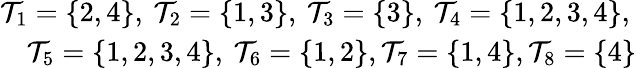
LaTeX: \begin{array}{r}{\mathcal{T}_{1}=\{ 2,4\} ,\: \mathcal{T}_{2}=\{ 1,3\} ,\: \mathcal{T}_{3}=\{ 3\} ,\: \mathcal{T}_{4}=\{ 1,2,3,4\} ,\: }\\ {\mathcal{T}_{5}=\{ 1,2,3,4\} ,\: \mathcal{T}_{6}=\{ 1,2\} ,\mathcal{T}_{7}=\{ 1,4\} ,\mathcal{T}_{8}=\{ 4\} }\end{array}